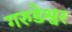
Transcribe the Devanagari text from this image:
गरुडेश्वर